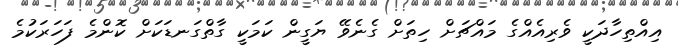
އިއްތިހާދަކީ ވެރިއެއްގެ މައްޗަށް ހިތަށް ގެނެވޭ ޔަގީން ކަމަކީ ގާތްގަނޑަކަށް ކޮންމެ ފަހަރަކުމެ